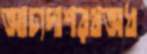
আঢ্যদাশরথঅধ